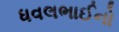
ધવલભાઈનો